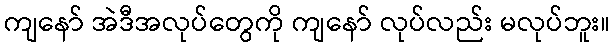
ကျနော် အဲဒီအလုပ်တွေကို ကျနော် လုပ်လည်း မလုပ်ဘူး။